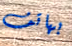
بهاتف